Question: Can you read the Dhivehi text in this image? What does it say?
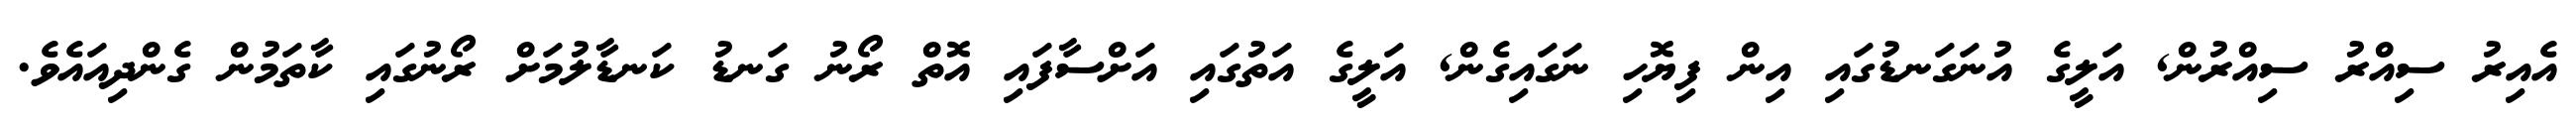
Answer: އެއިރު ސިއްރު ސިއްރުން, އަލީގެ އުނަގަނޑުގައި އިން ފިޔޮހި ނަގައިގެން, އަލީގެ އަތުގައި އަށްސާފައި އޮތް ރޯނު ގަނޑު ކަނޑާލުމަށް ރޯނުގައި ކާތަމުން ގެންދިއައެވެ.